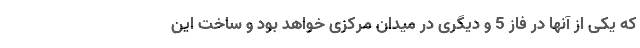
که یکی از آنها در فاز 5 و دیگری در میدان مرکزی خواهد بود و ساخت این